Medical and sanitary report on the native army of Bombay for the year
Year: 1879
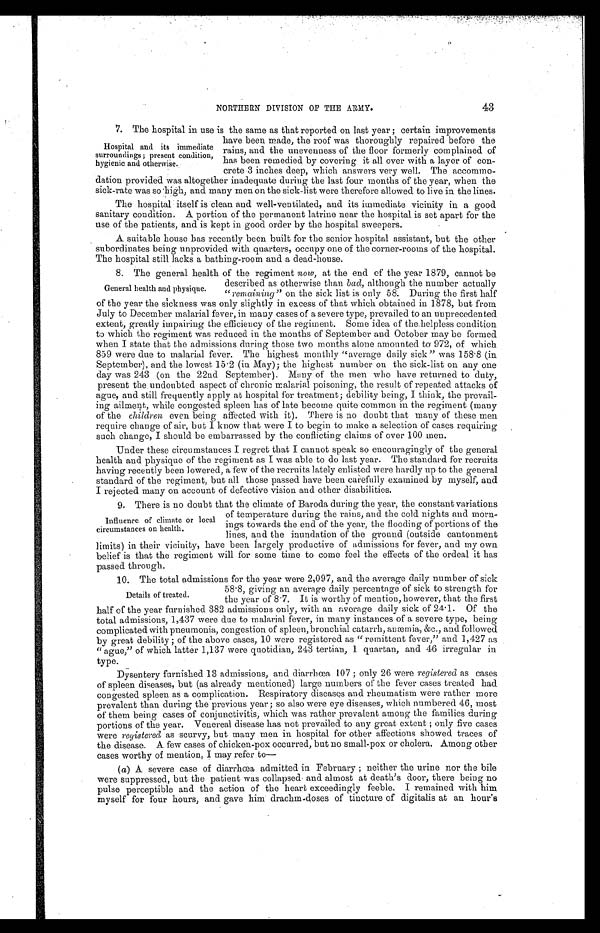
NORTHERN DIVISION OF THE ARMY.
43
7. The hospital in use is the same as that reported on last year; certain improvements
have been made, the roof was thoroughly repaired before the
rains, and the unevenness of the floor formerly complained of
has been remedied by covering it all over with a layer of con-
crete 3 inches deep, which answers very well. The accommo-
-dation provided was altogether inadequate during the last four months of the year, when the
sick-rate was so high, and many men on the sick-list were therefore allowed to live in the lines.
The hospital itself is clean and well-ventilated, and its immediate vicinity in a good
sanitary condition. A portion of the permanent latrine near the hospital is set apart for the
use of the patients, and is kept in good order by the hospital sweepers.
A suitable house has recently been built for the senior hospital assistant, but the other
subordinates being unprovided with quarters, occupy one of the corner-rooms of the hospital.
The hospital still lacks a bathing-room and a dead-house.
8. The general health of the regiment now, at the end of the year 1879, cannot be
described as otherwise than bad, although the number actually
"remaining" on the sick list is only 58. During the first half
of the year the sickness was only slightly in excess of that which obtained in 1878, but from
July to December malarial fever, in many cases of a severe type, prevailed to an unprecedented
extent, greatly impairing the efficiency of the regiment. Some idea of the helpless condition
to which the regiment was reduced in the months of September and October may be formed
when I state that the admissions during those two months alone amounted to 972, of which
859 were due to malarial fever. The highest monthly "average daily sick" was 158.8 (in
September), and the lowest 15.2 (in May); the highest number on the sick-list on any one
day was 243 (on the 22nd September). Many of the men who have returned to duty,
present the, undoubted aspect of chronic malarial poisoning, the result of repeated attacks of
ague, and still frequently apply at hospital for treatment; debility being, I think, the prevail-
-ing ailment, while congested spleen has of late become quite common in the regiment (many
of the children even being affected with it). There is no doubt that many of these men
require change of air, but I know that were I to begin to make a selection of cases requiring
such change, I should be embarrassed by the conflicting claims of over 100 men.
Under these circumstances I regret that I cannot speak so encouragingly of the general
health and physique of the regiment as I was able to do last year. The standard for recruits
having recently been lowered, a few of the recruits lately enlisted were hardly up to the general
standard of the regiment, but all those passed have been carefully examined by myself, and
I rejected many on account of defective vision and other disabilities.
9. There is no doubt that the climate of Baroda during the year, the constant variations
of temperature during the rains, and the cold nights and morn--
ings towards the end of the year, the flooding of portions of the
lines, and the inundation of the ground (outside cantonment
limits) in their vicinity, have been. largely productive of admissions for fever, and my own
belief is that the regiment will for some time to come feel the effects of the ordeal it has
passed through.
10. The total admissions for the year were 2,097, and the average daily number of sick
58.8, giving an average daily percentage of sick to strength for
the year of 8.7. It is worthy of mention, however, that the first
half of the year furnished 382 admissions only, with an average daily sick of 24.1. Of the
total admissions, 1,437 were due to malarial fever, in many instances of a severe type, being
complicated with pneumonia, congestion of spleen, bronchial catarrh, anæmia, &c., and followed
by great debility; of the above cases, 10 were registered as "remittent fever," and 1,427 as
"ague," of which latter 1,137 were quotidian, 243 tertian, 1 quartan, and 46 irregular in
type.
Dysentery furnished 13 admissions, and diarrhœa 107; only 26 were registered as cases
of spleen diseases, but (as already mentioned) large numbers of the fever cases treated had
congested spleen as a complication. Respiratory diseases and rheumatism were rather more
prevalent than during the previous year; so also were eye diseases, which numbered 46, most
of them being cases of conjunctivitis, which was rather prevalent among the families during
portions of the year. Venereal disease has not prevailed to any great extent; only five cases
were registered, as scurvy, but many men in hospital for other affections showed traces of
the disease. A few cases of chicken-pox occurred, but no small-pox or cholera. Among other
cases worthy of mention, I may refer to—
(a) A severe case of diarrhoea admitted in February; neither the urine nor the bile
were suppressed, but the patient was collapsed and almost at death's door, there being no
pulse perceptible and the action of the heart exceedingly feeble. I remained with him
myself for four hours, and gave him drachm-doses of tincture of digitalis at an hour's
Hospital and its immediate
surroundings; present condition,
hygienic and otherwise.
General health and physique.
Influence of climate or local
circumstances on health.
Details of treated.